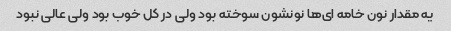
یه مقدار نون خامه ای‌ها نونشون سوخته بود ولی در کل خوب بود ولی عالی نبود